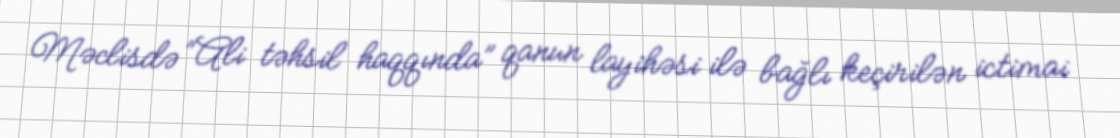
Məclisdə “Ali təhsil haqqında” qanun layihəsi ilə bağlı keçirilən ictimai